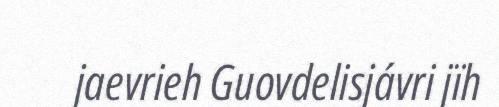
jaevrieh Guovdelisjávri jïh